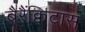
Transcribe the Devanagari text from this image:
बैरैंक्विटास